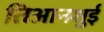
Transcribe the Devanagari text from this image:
तिआनशुई